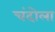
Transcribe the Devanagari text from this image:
चंदोला